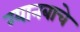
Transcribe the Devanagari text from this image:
ग्यानबाचे